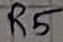
Text: R5